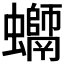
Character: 𧔽